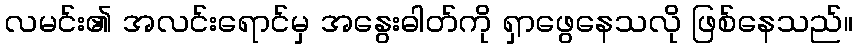
လမင်း၏ အလင်းရောင်မှ အနွေးဓါတ်ကို ရှာဖွေနေသလို ဖြစ်နေသည်။